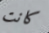
كانت